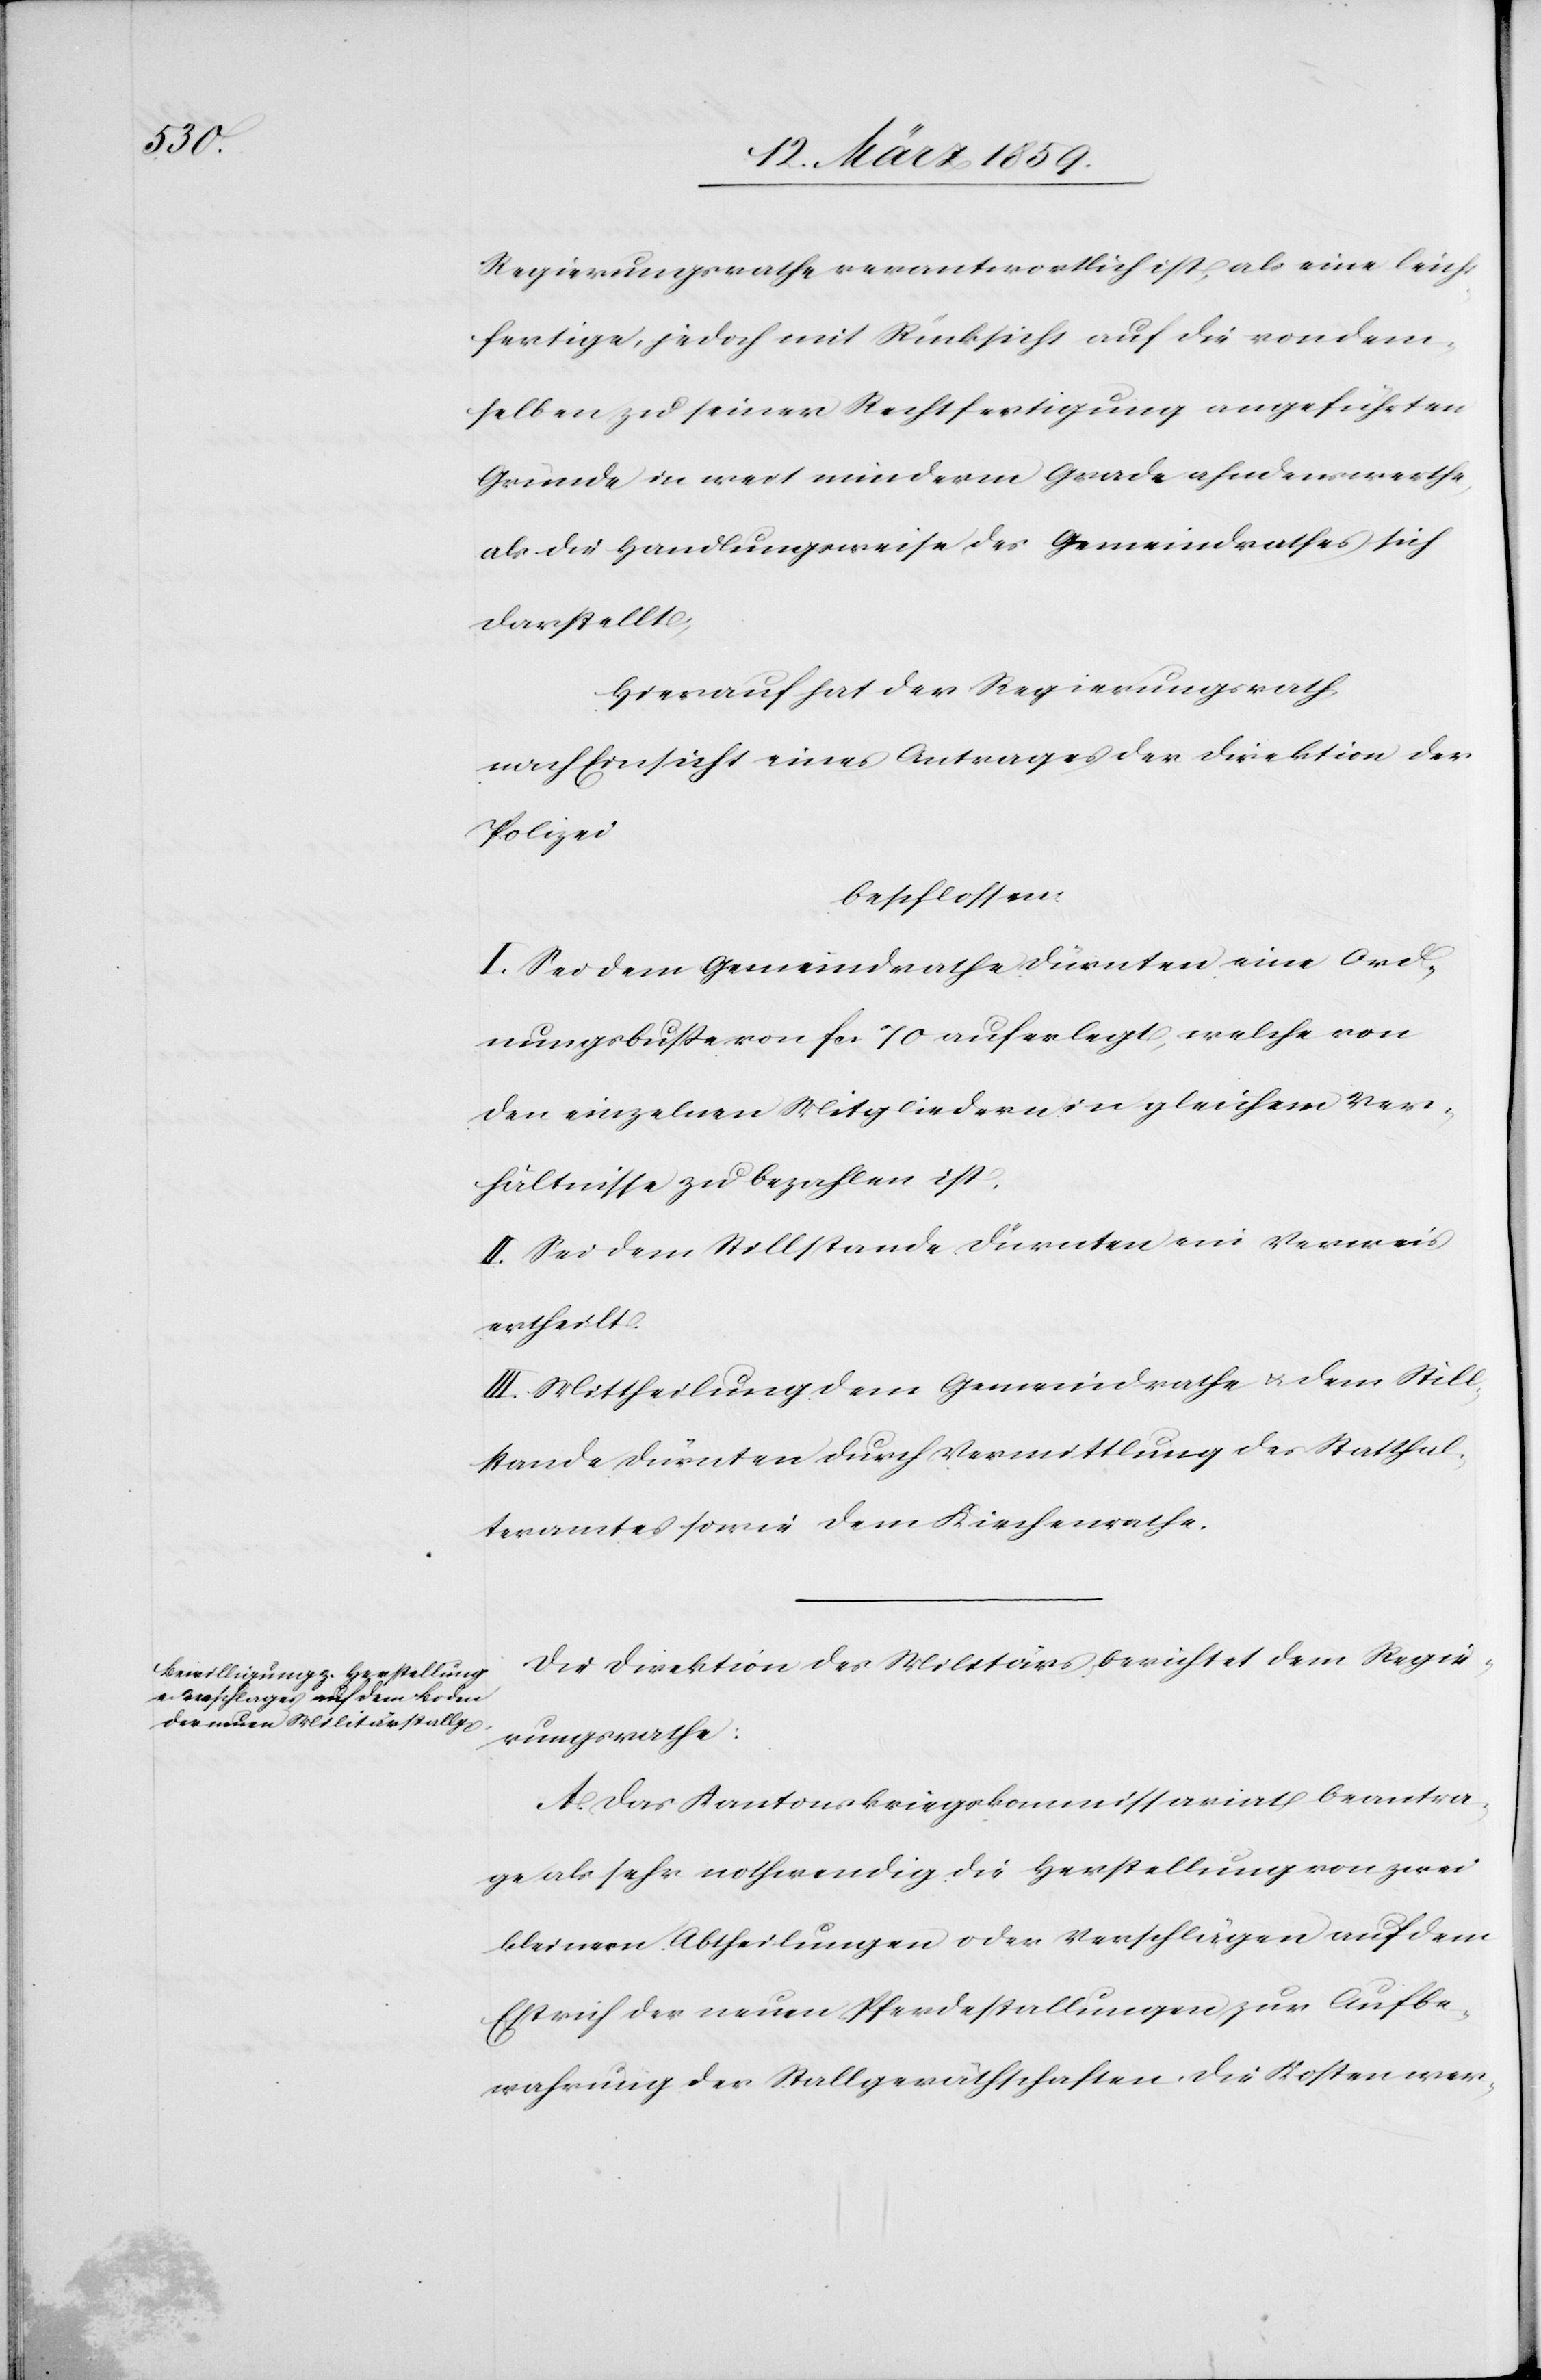
Regierungsrathe verantwortlich ist, als eine leich¬
tfertige, jedoch mit Rücksicht auf die von dem¬
selben zu seiner Rechtfertigung angeführten
Gründe in weit minderm Grade ahndenswerthe,
als die Handlungsweise des Gemeindrathes sich
darstellt;
hierauf hat der Regierungsrath,
nach Einsicht eines Antrages der Direktion der
Polizei
beschlossen:
I. Sei dem Gemeindrathe Dürnten eine Ord¬
nungsbuße von fcs. 70 auferlegt, welche von
den einzelnen Mitgliedern in gleichem Ver¬
hältnisse zu bezahlen ist.
II. Sei dem Stillstande Dürnten ein Verweis
ertheilt.
III: Mittheilung dem Gemeindrathe u. dem Still¬
stande Dürnten durch Vermittlung des Statthal¬
teramtes sowie dem Kirchenrathe.
Die Direktion des Militärs berichtet dem Regie¬
rungsrathe:
A. Das Kantonskriegskommissariat beantra¬
ge als sehr nothwendig die Herstellung von zwei
kleinern Abtheilungen oder Verschlägen auf dem
Estrich der neuen Pferdestallungen zur Aufbe¬
wahrung der Stallgeräthschaften, die Kosten wer-